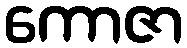
ကောဇာ